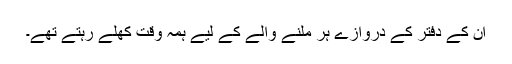
ان کے دفتر کے دروازے ہر ملنے والے کے لیے ہمہ وقت کھلے رہتے تھے۔